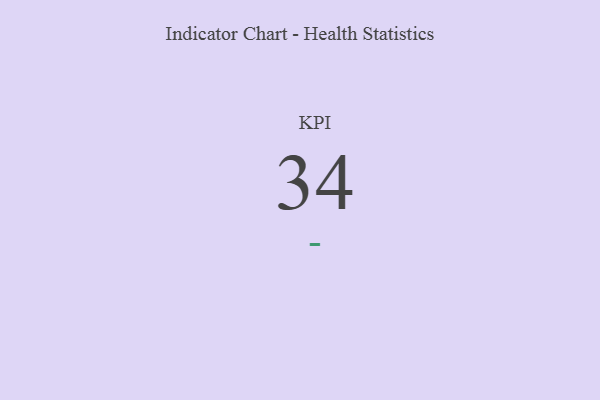
{"axis": {"x": "KPI", "y": "Value"}, "legend": [""], "data": [{"x": "KPI", "y": 34, "type": ""}]}